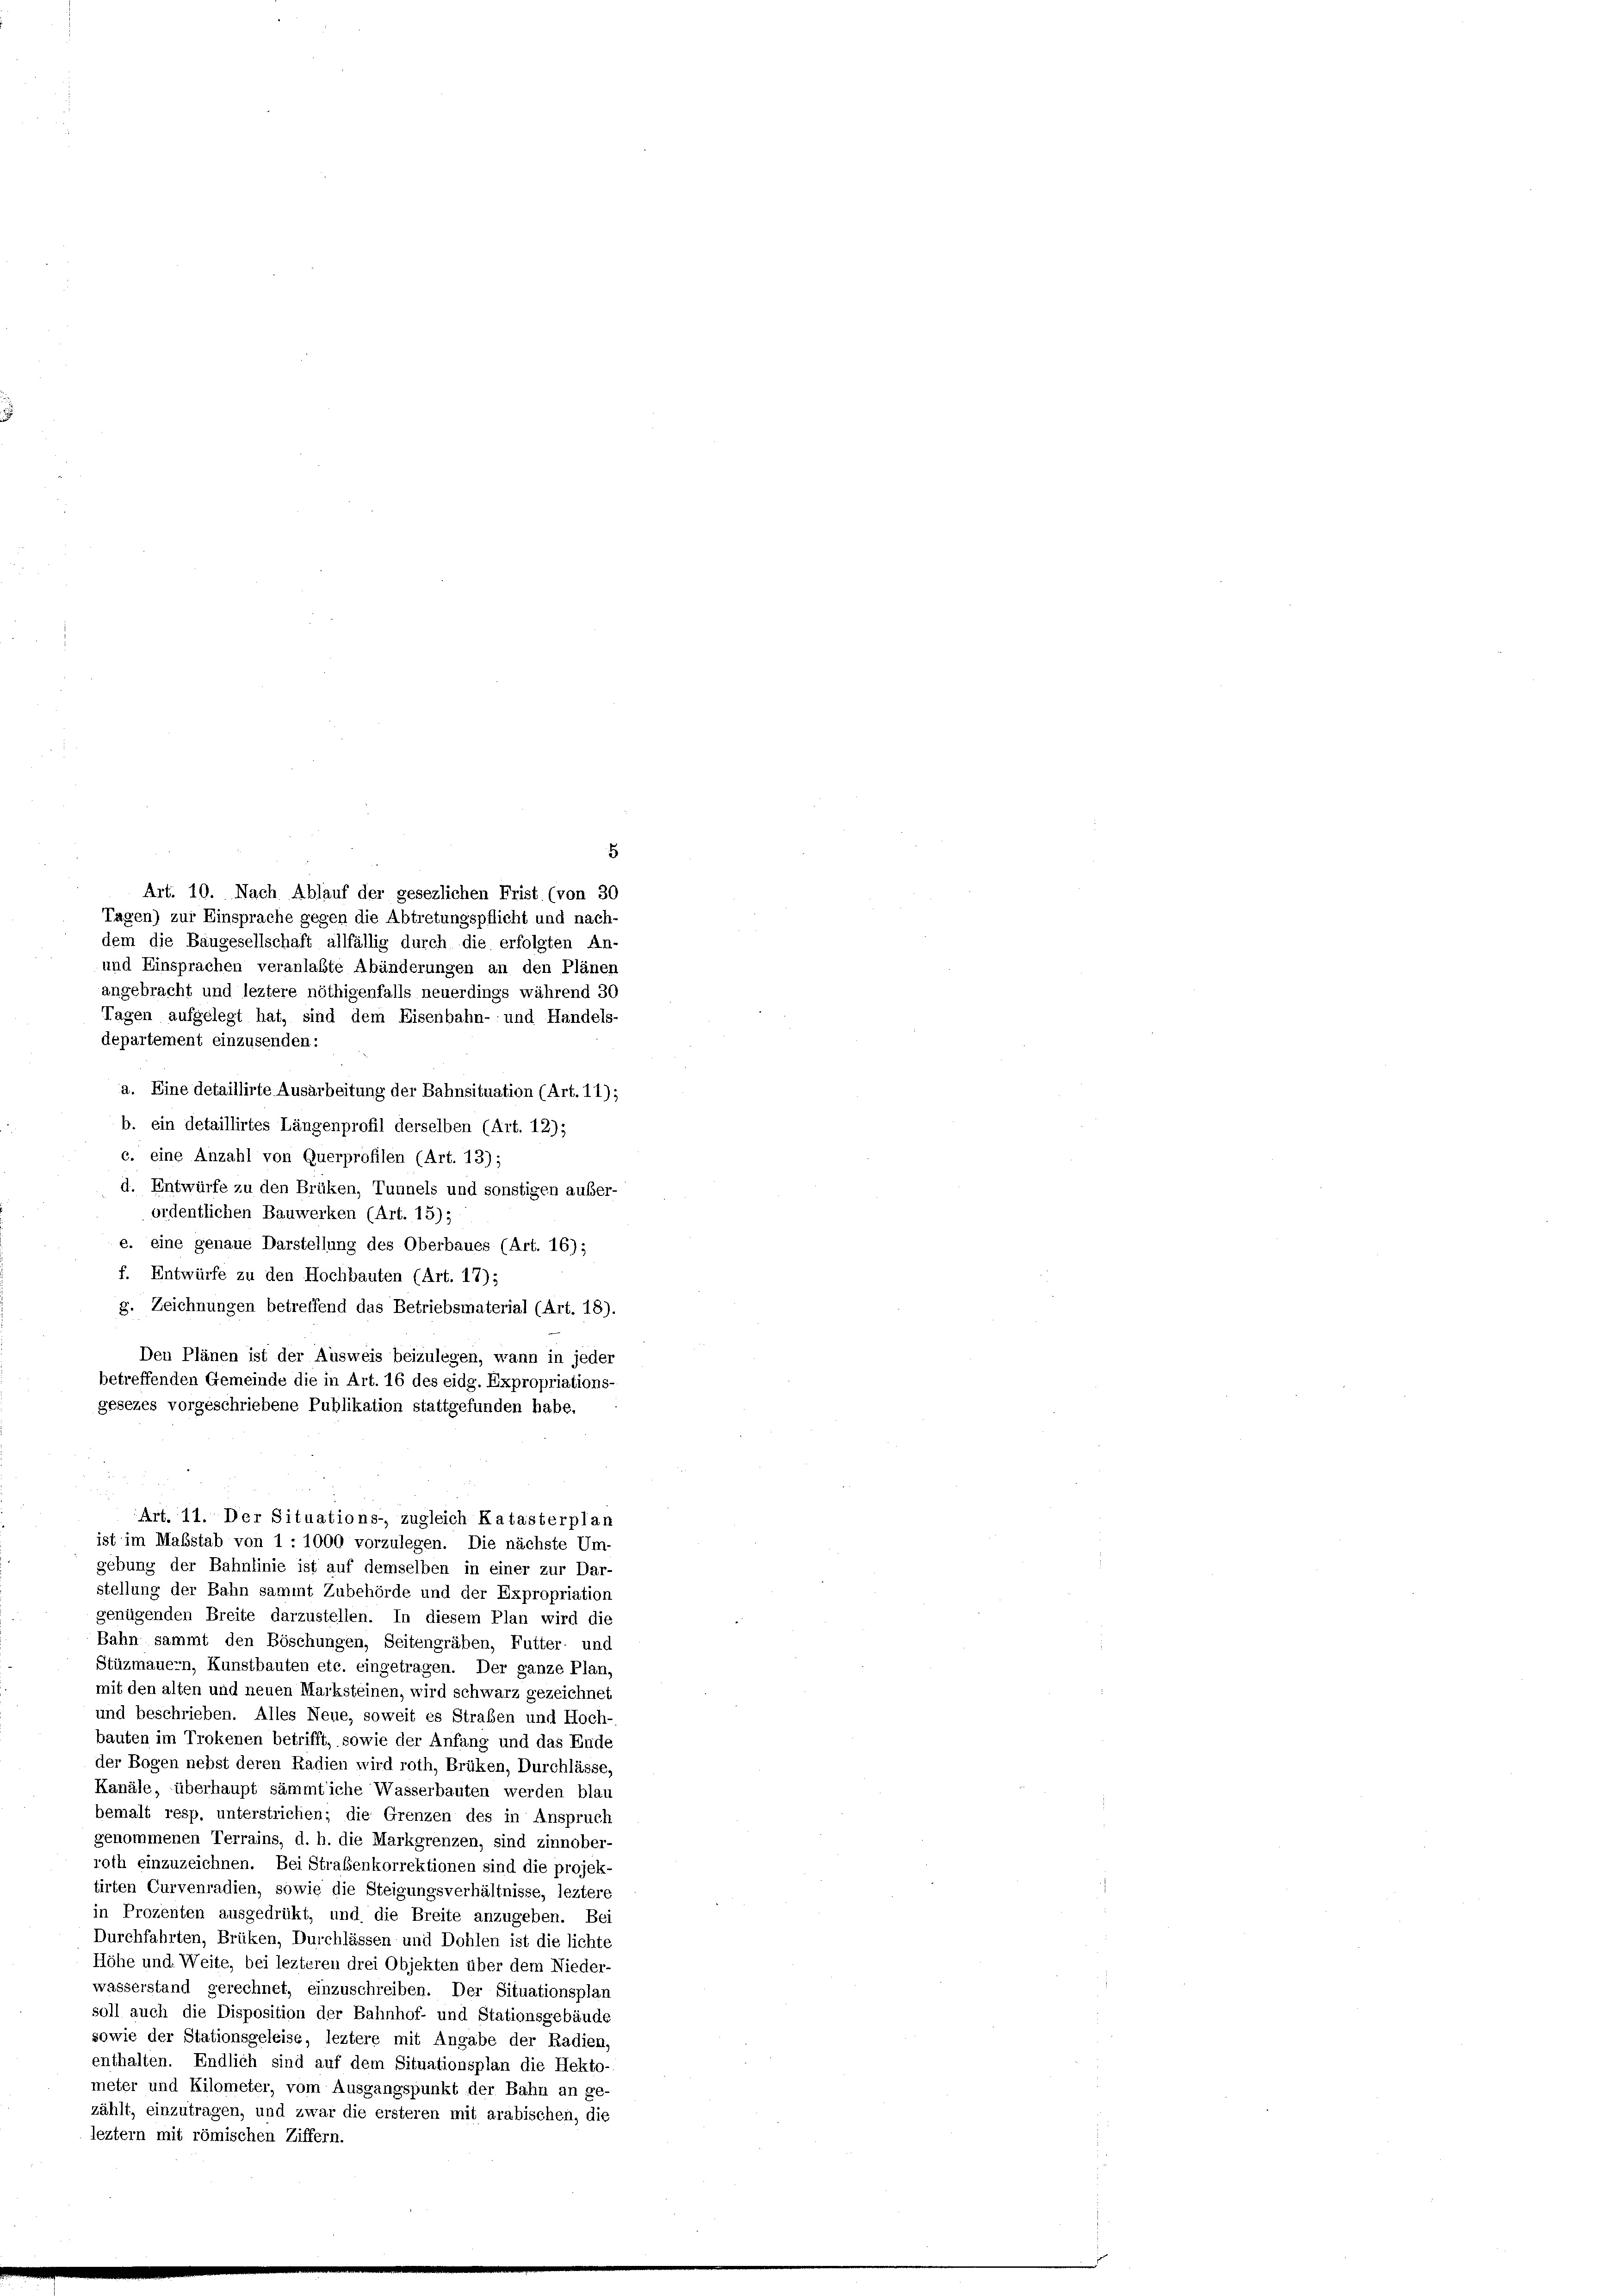
Art. 10. Nach Ablauf der gesezlichen Frist (von 30
Tagen) zur Einsprache gegen die Abtretungspflicht und nach-
dem die Baugesellschaft allfällig durch die erfolgten An-
und Einsprachen veranlaßte Abänderungen an den Plänen
angebracht und leztere nöthigenfalls neuerdings während 30
Tagen aufgelegt hat, sind dem Eisenbahn- und Handels-
departement einzusenden:
a. Eine detaillirte Ausarbeitung der Bahnsituation (Art. 11);
b. ein detaillirtes Längenprofil derselben (Art. 12);
c. eine Anzahl von Querprofilen (Art. 13);
d. Entwürfe zu den Brüken, Tunnels und sonstigen aufer-
ordentlichen Bauwerken (Art. 15);
c. eine genaue Darstellung des Oberbaues (Art. 16);
f. Entwürfe zu den Hochbauten (Art. 17);
g. Zeichnungen betreffend das Betriebsmaterial (Art. 18).
Den Plänen ist der Ausweis beizulegen, wann in jeder
betreffenden Gemeinde die in Art. 16 des eidg. Expropriations-
gesezes vorgeschriebene Publikation stattgefunden habe,
Art. 11. Der Situations-, zugleich Katasterplan
ist im Maßstab von 1 : 1000 vorzulegen. Die nächste Um-
gebung der Bahnlinie ist auf demselben in einer zur Dar-
stellung der Bahn sammt Zubehörde und der Expropriation
genügenden Breite darzustellen. In diesem Plan wird die
Bahn sammt den Böschungen, Seitengräben, Futter- und
Stüzmauern, Kunstbauten etc. eingetragen. Der ganze Plan,
mit den alten und neuen Marksteinen, wird schwarz gezeichnet
und beschrieben. Alles Neue, soweit es Straßen und Hoch-
bauten im Trokenen betrifft, sowie der Anfang und das Ende
der Bogen nebst deren Radien wird roth, Brüken, Durchlässe,
Kanäle, überhaupt sämmtliche Wasserbauten werden blau
bemalt resp. unterstrichen; die Grenzen des in Anspruch
genommenen Terrains, d. h. die Markgrenzen, sind zinnober-
roth einzuzeichnen. Bei Straßenkorrektionen sind die projek-
tirten Curvenradien, sowie die Steigungsverhältnisse, leztere
in Prozenten ausgedrükt, und die Breite anzugeben. Bei
Durchfahrten, Brüken, Durchlässen und Dohlen ist die lichte
Höhe und Weite, bei lezteren drei Objekten über dem Nieder-
wasserstand gerechnet, einzuschreiben. Der Situationsplan
soll auch die Disposition der Bahnhof- und Stationsgebäude
sowie der Stationsgeleise, leztere mit Angabe der Radien,
enthalten. Endlich sind auf dem Situationsplan die Hekto-
meter und Kilometer, vom Ausgangspunkt der Bahn an ge-
zählt, einzutragen, und zwar die ersteren mit arabischen, die
leztem mit römischen Ziffern.

.